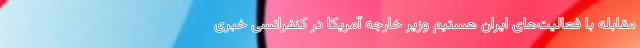
مقابله با فعالیت‌های ایران هستیم وزیر خارجه آمریکا در کنفرانسی خبری